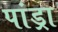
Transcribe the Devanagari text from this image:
पांड्रा